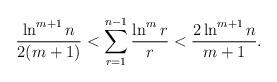
LaTeX: \begin{align*}\frac{\ln^{m+1} n}{2(m+1)}<\sum_{r=1}^{n-1} \frac{\ln^m r}{r}<\frac{2 \ln^{m+1} n}{m+1}.\end{align*}